Medical and sanitary report of the native army of Bengal for the year
Year: 1877
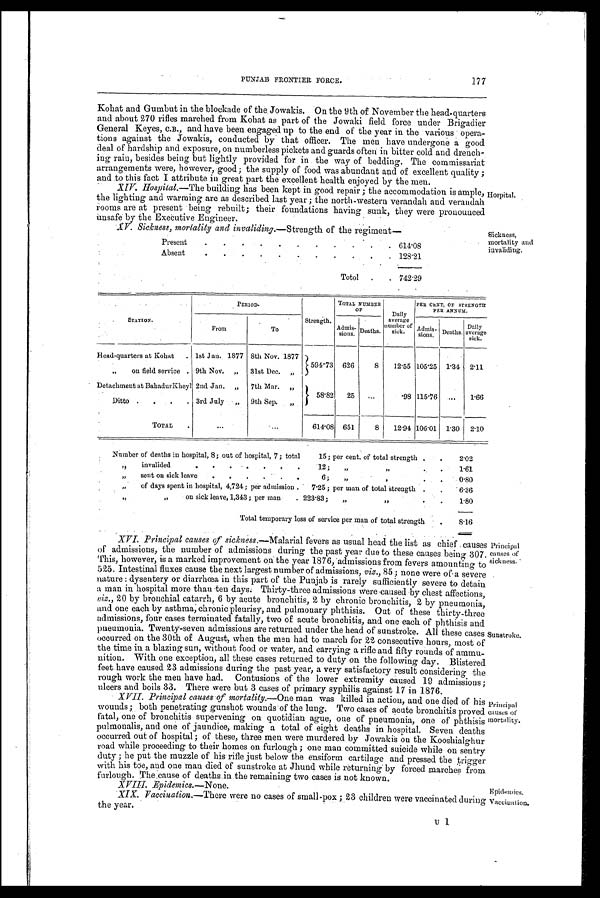
177
PUNJAB FRONTIER FORCE.
Kohat and Gumbut in the blockade of the Jowakis. On the 9th of November the head-quarters
and about 270 rifles marched from Kohat as part of the Jowaki field force under Brigadier
General Keyes, C.B., and have been engaged up to the end of the year in the various opera-
tions against the Jowakis, conducted by that officer. The men have undergone a good
deal of hardship and exposure, on numberless pickets and guards often in bitter cold and drench-
ing rain, besides being but lightly provided for in the way of bedding. The commissariat
arrangements were, however, good; the supply of food was abundant and of excellent quality;
and to this fact I attribute in great part the excellent health enjoyed by the men.
XIV. Hospital.—The building has been kept in good repair; the accommodation is ample,
the lighting and warming are as described last year; the north-western verandah and verandah
rooms are at present being rebuilt; their foundations having sunk, they were pronounce
d unsafe by the Executive Engineer.
XV. Sickness, mortality and invaliding.—Strength of the regiment—
Present
.
.
.
.
.
.
.
.
. 614.08
Absent
.
.
.
.
.
.
.
. 128.21
Total
.
. 742.29
Hospital.
Sickness,
mortality and
invaliding.
STATION.
P E R I O D .
Strength.
TOTAL NUMBER
O F
Daily
average
number of
sick.
PER CENT, OF STRENGTH
PER ANNUM.
From
To
Admis -
sions. Deaths.
Admis-
sions Deaths.
Daily
average
sick.
Head-quarters at Kohat
. 1st Jan. 1877 8th Nov. 1877
594.73
626
8
12.55 105.25 1.34
2.11
„
on field service . 9th Nov.
„
31st Dec.
„
Detachment at BahadurKheyl 2nd Jan.
„
7th Mar.
„
58.82
25
...
.98 115.76
...
1.66
Ditto
.
.
. 3rd July
„
9th Sep.
„
TOTAL
.
...
...
614.08 651
8
12.94 106 .01 1.30 2.10
Number of deaths in hospital, 8 ; out of hospital, 7 ; total
15 ; per cent. of total strength .
.
2.02
„
invalided
.
12 ;
„
„
.
1.61
„
sent on sick leave
.
.
.
6;
,,
,
.
.
0.80
„
of days spent in hospital, 4,724 ; per admission .
7.25 ; per man of total strength .
-
6.36
„ „
on sick leave, 1,343 ; per man
. 223.83;
„
„
.
.
1.80
Total temporary loss of service per man of total strength
.
8.16
XVI. Principal causes of sickness. —Malarial fevers as usual head the list as chief causes
of admissions, the number of admissions during the past year due to these causes being 307.
This, however, is a marked improvement on the year 1876, admissions from fevers amounting to
525. Intestinal fluxes cause the next largest number of admissions, viz., 85; none were .of a severe
nature: dysentery or diarrhœa in this part of the Punjab is rarely sufficiently severe to detain
a man in hospital more than ten days. Thirty-three admissions were caused by chest affections,
viz. 20 by bronchial catarrh, 6 by acute bronchitis, 2 by chronic bronchitis, 2 by pneumonia,
and one each by asthma; chronic pleurisy, and pulmonary phthisis. Out of these thirty-three
admissions, four cases terminated fatally, two of acute bronchitis, and one each of phthisis and
pneumonia. Twenty-seven admissions are returned under the head of sunstroke. All these cases
occurred on the 30th of August, when the men had to march for 22 consecutive hours, most of
the time in a blazing sun, without food or water, and carrying a rifle and fifty rounds of ammu-
nition. With one exception, all these cases returned to duty on the following day. Blistered
feet have caused 23 admissions during the past year, a very satisfactory result considering the
rough work the men have had. Contusions of the lower extremity caused 19 admissions;
ulcers and boils 33. There were but 3 cases of primary syphilis against 17 in 1876.
XVII. Principal causes of mortality. —One man was killed in action, and one died of his
wounds; penetrating gunshot wounds of the lung. Two cases of acute bronchitis proved
fatal, one of bronchitis supervening on quotidian ague, one of pneumonia, one of phthisis
pulmonalis, and one of jaundice, making a total of eight deaths in hospital. Seven deaths
occurred out of hospital; of these, three men were murdered by Jowakis on the Kooshialghur
road while proceeding to their homes on furlough; one man committed suicide while on sentry
duty; he put the muzzle of his rifle just below the ensiform cartilage and pressed the trigger
with his toe, and one man died of sunstroke at Jhund while returning by forced marches from
furlough. The cause of deaths in the remaining two cases is not known.
XVIII. Epidemics. —None.
XIX. Vaccination. —There were no cases of small-pox; 23 children were vaccinated during
the year.
Principal
causes of
sickness.
Sunstroke.
Principal
causes of
mortali ty.
Epidemics.
Vaccination.
U 1